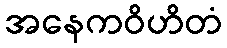
အနေကဝိဟိတံ